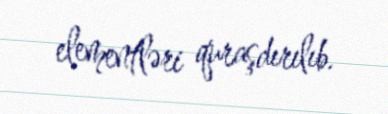
elementləri quraşdırılıb.